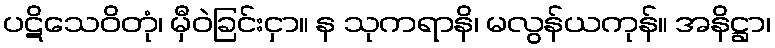
ပဋိသေဝိတုံ၊ မှီဝဲခြင်းငှာ။ န သုကရာနိ၊ မလွန်ယကုန်။ အနိဋ္ဌာ၊